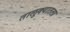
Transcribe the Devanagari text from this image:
तालुक्यातला